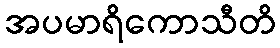
အပမာရိကောသီတိ